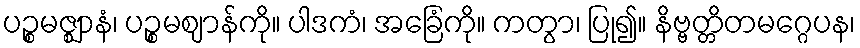
ပဉ္စမဇ္ဈာနံ၊ ပဉ္စမဈာန်ကို။ ပါဒကံ၊ အခြေံကို။ ကတွာ၊ ပြု၍။ နိဗ္ဗတ္တိတမဂ္ဂေပန၊